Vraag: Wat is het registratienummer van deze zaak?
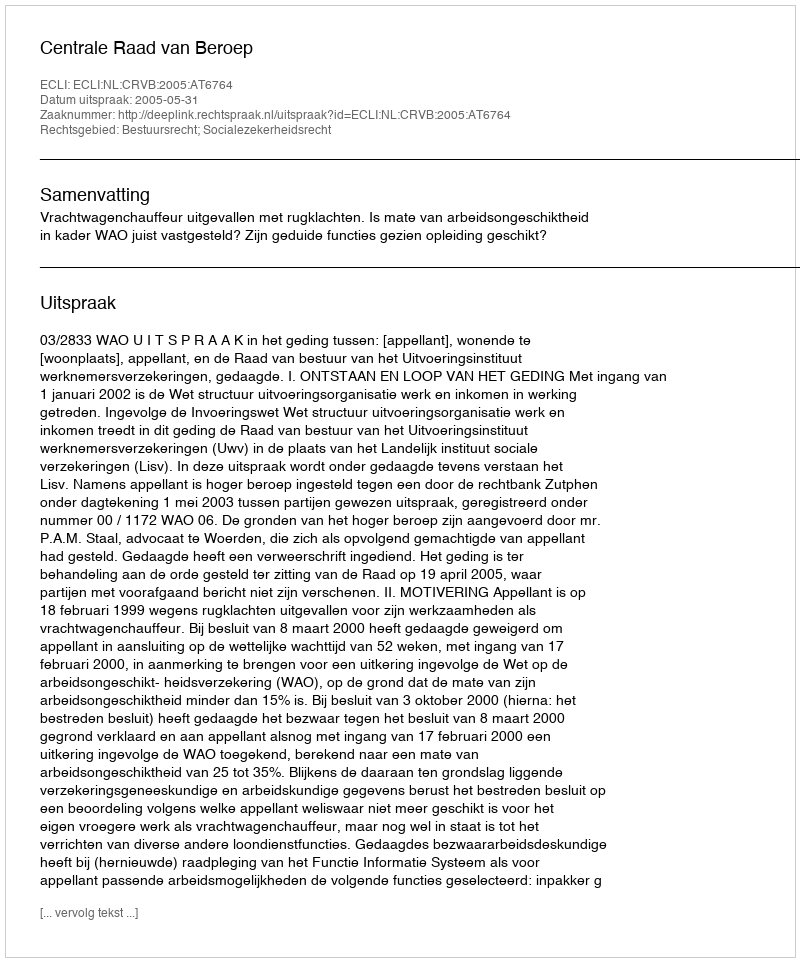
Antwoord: http://deeplink.rechtspraak.nl/uitspraak?id=ECLI:NL:CRVB:2005:AT6764